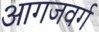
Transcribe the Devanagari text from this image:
आगजवर्ग